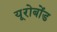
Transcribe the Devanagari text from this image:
यूरोबोंड